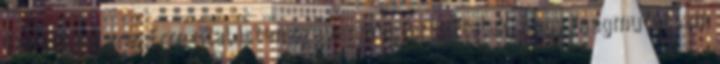
fedett helyre. Erre utal Isten szava: megtartottalak, hogy megmutassam